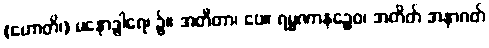
(ဟောတိ၊) မနောဒွါရေ၊ ၌။ အတီတာ၊ ပေ။ ရမ္မဏာနဉ္စေဝ၊ အတိတ် အနာဂတ်